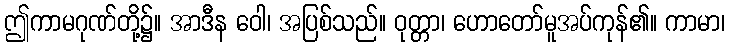
ဤကာမဂုဏ်တို့၌။ အာဒီန ဝေါ၊ အပြစ်သည်။ ဝုတ္တာ၊ ဟောတော်မူအပ်ကုန်၏။ ကာမာ၊